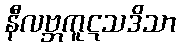
နီလဗ္ဘကူဋသဒိသာ